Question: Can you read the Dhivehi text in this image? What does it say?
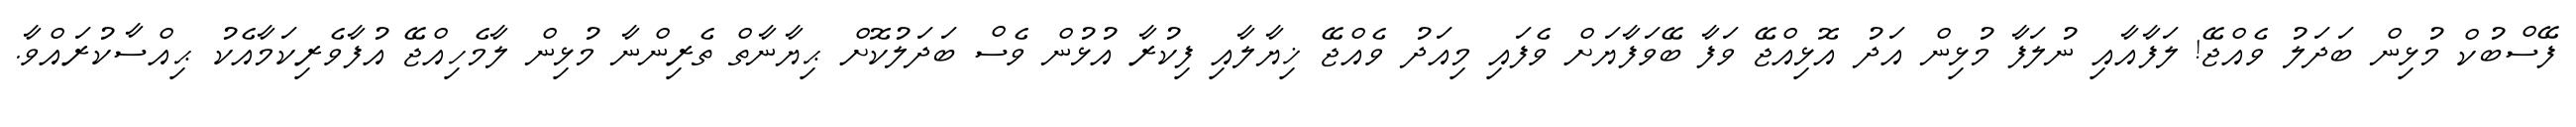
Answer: ފޭސްބުކް މުޅިން ބަދަލު ވެއްޖޭ! ލަފާއާއި ނުލަފާ މުޅިން އަދު އޮޅިއްޖޭ ވަފާ ބޭވަފާޔަށް ވެފައި މިއަދު ވެއްޖޭ ޚިޔާލާއި ފިކުރާ އުޅުން ވެސް ބަދަލުކޮށް ޙިޔާނާތް ތެރިންނާ މުޅިން ލާމެހިއްޖޭ އުފާވެރިކަމާއެކު ޙިއްސާކުރައްވާ.